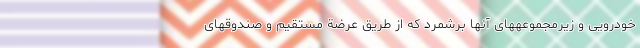
خودرویی و زیرمجموعههای آنها برشمرد که از طریق عرضة مستقیم و صندوقهای